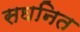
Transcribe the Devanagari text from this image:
सघनित